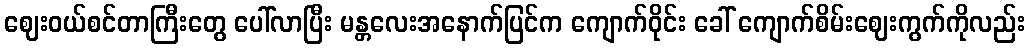
ဈေးဝယ်စင်တာကြီးတွေ ပေါ်လာပြီး မန္တလေးအနောက်ပြင်က ကျောက်ဝိုင်း ခေါ် ကျောက်စိမ်းဈေးကွက်ကိုလည်း